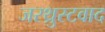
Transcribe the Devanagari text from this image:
जरथ्रुस्टवाद